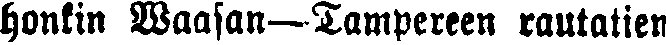
honlin Waasan—Tampereen rautatien